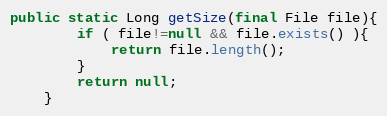
Language: Java
public static Long getSize(final File file){
        if ( file!=null && file.exists() ){
            return file.length();
        }
        return null;
    }